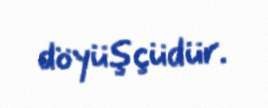
döyüşçüdür.